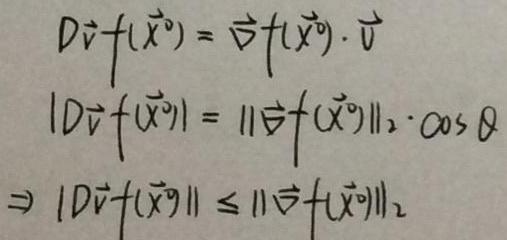
\[
\begin{align*}
D\vec{v}f(\vec{x}^0)&=\vec{\nabla}f(\vec{x}^0)\cdot\vec{v}\\
|D\vec{v}f(\vec{x}^0)|&=\|\vec{\nabla}f(\vec{x}^0)\|_2\cdot\cos\theta\\
\Rightarrow |D\vec{v}f(\vec{x}^0)|&\leq\|\vec{\nabla}f(\vec{x}^0)\|_2
\end{align*}
\]